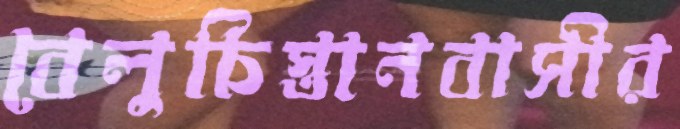
বেলুচিস্তানবাসীর